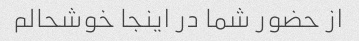
از حضور شما در اینجا خوشحالم